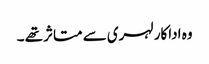
وہ اداکار لہری سے متاثر تھے ۔